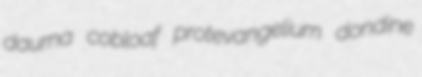
daurna cobloaf protevangelium dondine